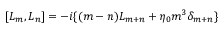
[ L _ { m } , L _ { n } ] = - i \{ ( m - n ) L _ { m + n } + \eta _ { 0 } m ^ { 3 } \delta _ { m + n } \}